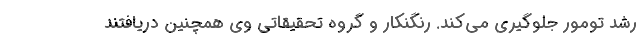
رشد تومور جلوگیری می‌کند. رنگنکار و گروه تحقیقاتی وی همچنین دریافتند